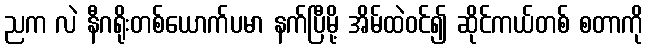
ညက လဲ နီဂရိုးတစ်ယောက်ပမာ နက်ပြီမို့ အိမ်ထဲဝင်၍ ဆိုင်ကယ်တစ် စတာကို